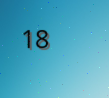
18